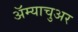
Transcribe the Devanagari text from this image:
अॅम्याचुअर